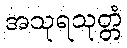
အသုရသုတ္တံ